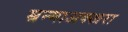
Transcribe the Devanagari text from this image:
म्रन्माअक्खरा